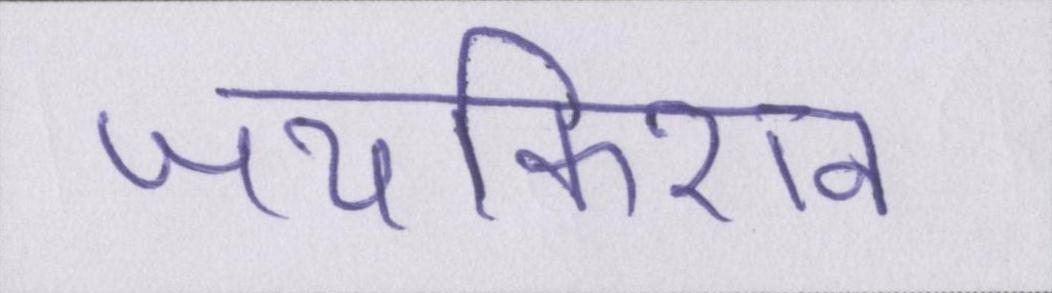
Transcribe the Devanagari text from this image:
जयकिशन